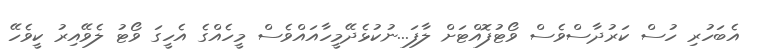
އެބަހުރި ހުސް ކަރުދާސްވެސް ވޯޓުފޮއްޓަށް ލާފަ...ނުކުޅެދޭމީހާއައްވެސް މީހެއްގެ އެހީގަ ވޯޓު ލެވޭއިރު ކީވެހޭ